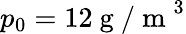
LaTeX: p_{0}=12\mathrm{~g~/~m~}^{3}